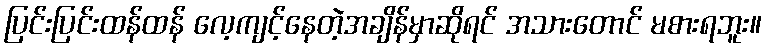
ပြင်းပြင်းထန်ထန် လေ့ကျင့်နေတဲ့အချိန်မှာဆိုရင် အသားတောင် မစားရဘူး။